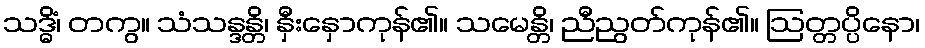
သဒ္ဓိံ၊ တကွ။ သံသန္ဒန္တိ၊ နှီးနှောကုန်၏။ သမေန္တိ၊ ညီညွတ်ကုန်၏။ ဩတ္တပ္ပိနော၊